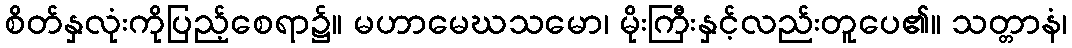
စိတ်နှလုံးကိုပြည့်စေရာ၌။ မဟာမေဃသမော၊ မိုးကြီးနှင့်လည်းတူပေ၏။ သတ္တာနံ၊